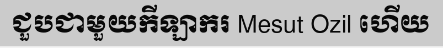
ជួបជាមួយកីឡាករ Mesut Ozil ហើយ